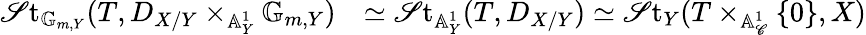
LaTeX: \begin{array}{rl}{\mathscr{S}\mathrm{t}_{\mathbb{G}_{m,Y}}(T,D_{X/Y}\times_{\mathbb{A}_{Y}^{1}}\mathbb{G}_{m,Y})}&{\simeq\mathscr{S}\mathrm{t}_{\mathbb{A}_{Y}^{1}}(T,D_{X/Y})\simeq\mathscr{S}\mathrm{t}_{Y}(T\times_{\mathbb{A}_{\mathscr{C}}^{1}}\{ 0\} ,X)}\end{array}